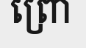
ព្រោ